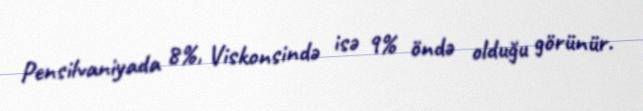
Pensilvaniyada 8%, Viskonsində isə 9% öndə olduğu görünür.